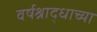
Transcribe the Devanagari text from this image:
वर्षश्राद्धाच्या